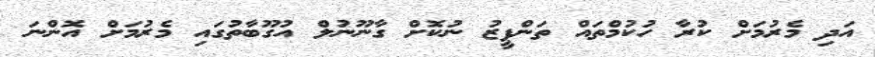
އަދި މެރުމަށް ކުރާ ހުކުމްތައް ތަންފީޒު ނުކޮށް ގާނޫނުލް އުގޫބާތުގައި މެރުމަށް އޮންނަ